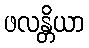
ဖလန္တိယာ